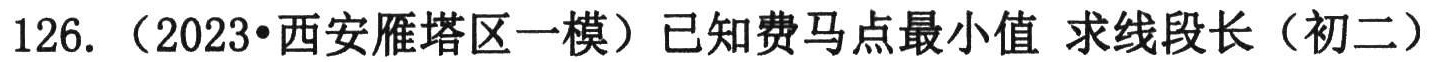
126. （2023•西安雁塔区一模）已知费马点最小值 求线段长（初二）